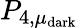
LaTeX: P_{4,\mu_{\mathrm{dark}}}